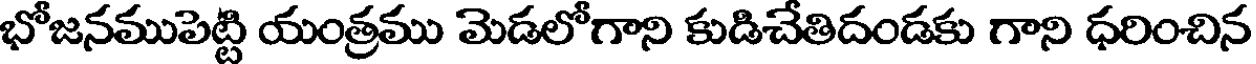
భోజనముపెట్టి యంత్రము మెడలోగాని కుడిచేతిదండకు గాని ధరించిన